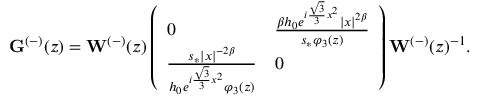
\mathbf { G } ^ { ( - ) } ( z ) = \mathbf { W } ^ { ( - ) } ( z ) \left( \begin{array} { l l } { 0 } & { \frac { { \beta } h _ { 0 } e ^ { i \frac { \sqrt { 3 } } { 3 } x ^ { 2 } } | x | ^ { 2 { \beta } } } { s _ { * } \varphi _ { 3 } ( z ) } } \\ { \frac { s _ { * } | x | ^ { - 2 { \beta } } } { h _ { 0 } e ^ { i \frac { \sqrt { 3 } } { 3 } x ^ { 2 } } \varphi _ { 3 } ( z ) } } & { 0 } \end{array} \right) \mathbf { W } ^ { ( - ) } ( z ) ^ { - 1 } .